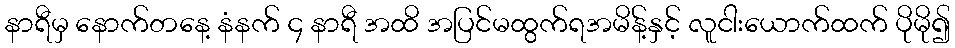
နာရီမှ နောက်တနေ့ နံနက် ၄ နာရီ အထိ အပြင်မထွက်ရအမိန့်နှင့် လူငါးယောက်ထက် ပိုမို၍